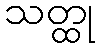
သတ္ထု